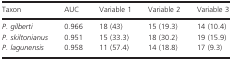
| Taxon | AUC | Variable 1 | Variable 2 | Variable 3 |
 | --- | --- | --- | --- | --- |
 | P. gilberti | 0.966 | 18 (43) | 15 (19.3) | 14 (10.4) |
 | P. skiltonianus | 0.951 | 15 (33.3) | 18 (30.2) | 19 (15.9) |
 | P. lagunensis | 0.958 | 11 (57.4) | 14 (18.8) | 17 (9.3) |